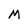
Character: M